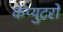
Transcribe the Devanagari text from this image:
कंप्युटरों